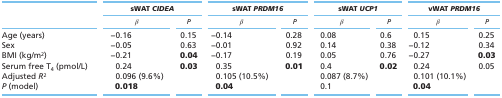
<table><thead><tr><td></td><td colspan="2"><b>sWAT CIDEA</b></td><td colspan="2"><b>sWAT PRDM16</b></td><td colspan="2"><b>sWAT UCP1</b></td><td colspan="2"><b>vWAT PRDM16</b></td></tr><tr><td></td><td><b>β</b></td><td><b>P</b></td><td><b>β</b></td><td><b>P</b></td><td><b>β</b></td><td><b>P</b></td><td><b>β</b></td><td><b>P</b></td></tr></thead><tbody><tr><td>Age (years)</td><td>−0.16</td><td>0.15</td><td>−0.14</td><td>0.28</td><td>0.08</td><td>0.6</td><td>0.15</td><td>0.25</td></tr><tr><td>Sex</td><td>−0.05</td><td>0.63</td><td>−0.01</td><td>0.92</td><td>0.14</td><td>0.38</td><td>−0.12</td><td>0.34</td></tr><tr><td>BMI (kg/m2)</td><td>−0.21</td><td><b>0.04</b></td><td>−0.17</td><td>0.19</td><td>0.05</td><td>0.76</td><td>−0.27</td><td><b>0.03</b></td></tr><tr><td>Serum free T4 (pmol/L)</td><td>0.24</td><td><b>0.03</b></td><td>0.35</td><td><b>0.01</b></td><td>0.4</td><td><b>0.02</b></td><td>0.24</td><td>0.05</td></tr><tr><td>Adjusted R2</td><td>0.096 (9.6%)</td><td></td><td>0.105 (10.5%)</td><td></td><td>0.087 (8.7%)</td><td></td><td>0.101 (10.1%)</td><td></td></tr><tr><td>P (model)</td><td><b>0.018</b></td><td></td><td><b>0.04</b></td><td></td><td>0.1</td><td></td><td><b>0.4</b></td><td></td></tr></tbody></table>